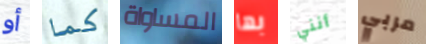
أو كما المساواة بها أنني مربي